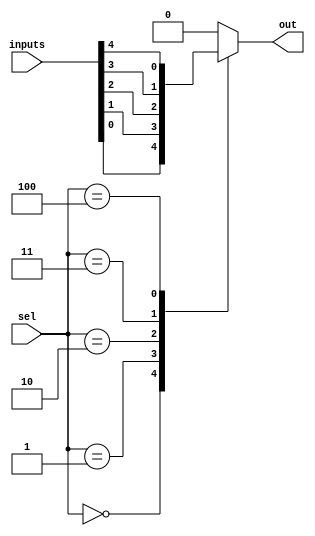
// 5 input multiplexer

module Mux5(
    input [4:0] inputs,
    input [2:0] sel,
    output reg out
    );

    always @(*) begin
        case (sel)
            3'b000:
                out = inputs[0];
            3'b001:
                out = inputs[1];
            3'b010:
                out = inputs[2];
            3'b011:
                out = inputs[3];
            3'b100:
                out = inputs[4];
            default:
                out = 1'b0;
        endcase
    end

endmodule